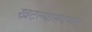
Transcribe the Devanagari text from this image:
खटल्यासंदर्भात